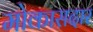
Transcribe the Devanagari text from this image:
मोकासदार